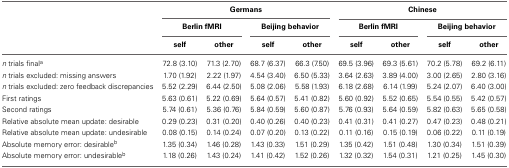
<table><thead><tr><td></td><td colspan="4"><b>Germans</b></td><td colspan="4"><b>Chinese</b></td></tr><tr><td></td><td colspan="2"><b>Berlin fMRI</b></td><td colspan="2"><b>Beijing behavior</b></td><td colspan="2"><b>Berlin fMRI</b></td><td colspan="2"><b>Beijing behavior</b></td></tr><tr><td></td><td><b>self</b></td><td><b>other</b></td><td><b>self</b></td><td><b>other</b></td><td><b>self</b></td><td><b>other</b></td><td><b>self</b></td><td><b>other</b></td></tr></thead><tbody><tr><td><i>n</i> trials final<sup>a</sup></td><td>72.8 (3.10)</td><td>71.3 (2.70)</td><td>68.7 (6.37)</td><td>66.3 (7.50)</td><td>69.5 (3.96)</td><td>69.3 (5.61)</td><td>70.2 (5.78)</td><td>69.2 (6.11)</td></tr><tr><td><i>n</i> trials excluded: missing answers</td><td>1.70 (1.92)</td><td>2.22 (1.97)</td><td>4.54 (3.40)</td><td>6.50 (5.33)</td><td>3.64 (2.63)</td><td>3.89 (4.00)</td><td>3.00 (2.65)</td><td>2.80 (3.16)</td></tr><tr><td><i>n</i> trials excluded: zero feedback discrepancies</td><td>5.52 (2.29)</td><td>6.44 (2.50)</td><td>5.08 (2.06)</td><td>5.58 (1.93)</td><td>6.18 (2.68)</td><td>6.14 (1.99)</td><td>5.24 (2.07)</td><td>6.40 (3.00)</td></tr><tr><td>First ratings</td><td>5.63 (0.61)</td><td>5.22 (0.69)</td><td>5.64 (0.57)</td><td>5.41 (0.82)</td><td>5.60 (0.92)</td><td>5.52 (0.65)</td><td>5.54 (0.55)</td><td>5.42 (0.57)</td></tr><tr><td>Second ratings</td><td>5.74 (0.61)</td><td>5.36 (0.76)</td><td>5.84 (0.59)</td><td>5.60 (0.87)</td><td>5.76 (0.93)</td><td>5.64 (0.59)</td><td>5.82 (0.63)</td><td>5.65 (0.58)</td></tr><tr><td>Relative absolute mean update: desirable</td><td>0.29 (0.23)</td><td>0.31 (0.20)</td><td>0.40 (0.26)</td><td>0.40 (0.23)</td><td>0.41 (0.31)</td><td>0.41 (0.27)</td><td>0.47 (0.23)</td><td>0.48 (0.21)</td></tr><tr><td>Relative absolute mean update: undesirable</td><td>0.08 (0.15)</td><td>0.14 (0.24)</td><td>0.07 (0.20)</td><td>0.13 (0.22)</td><td>0.11 (0.16)</td><td>0.15 (0.19)</td><td>0.06 (0.22)</td><td>0.11 (0.19)</td></tr><tr><td>Absolute memory error: desirable<sup>b</sup></td><td>1.35 (0.34)</td><td>1.46 (0.28)</td><td>1.43 (0.33)</td><td>1.51 (0.29)</td><td>1.35 (0.42)</td><td>1.51 (0.48)</td><td>1.30 (0.34)</td><td>1.51 (0.39)</td></tr><tr><td>Absolute memory error: undesirable<sup>b</sup></td><td>1.18 (0.26)</td><td>1.43 (0.24)</td><td>1.41 (0.42)</td><td>1.52 (0.26)</td><td>1.32 (0.32)</td><td>1.54 (0.31)</td><td>1.21 (0.25)</td><td>1.45 (0.30)</td></tr></tbody></table>